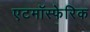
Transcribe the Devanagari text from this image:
एटमॉस्फेरिक